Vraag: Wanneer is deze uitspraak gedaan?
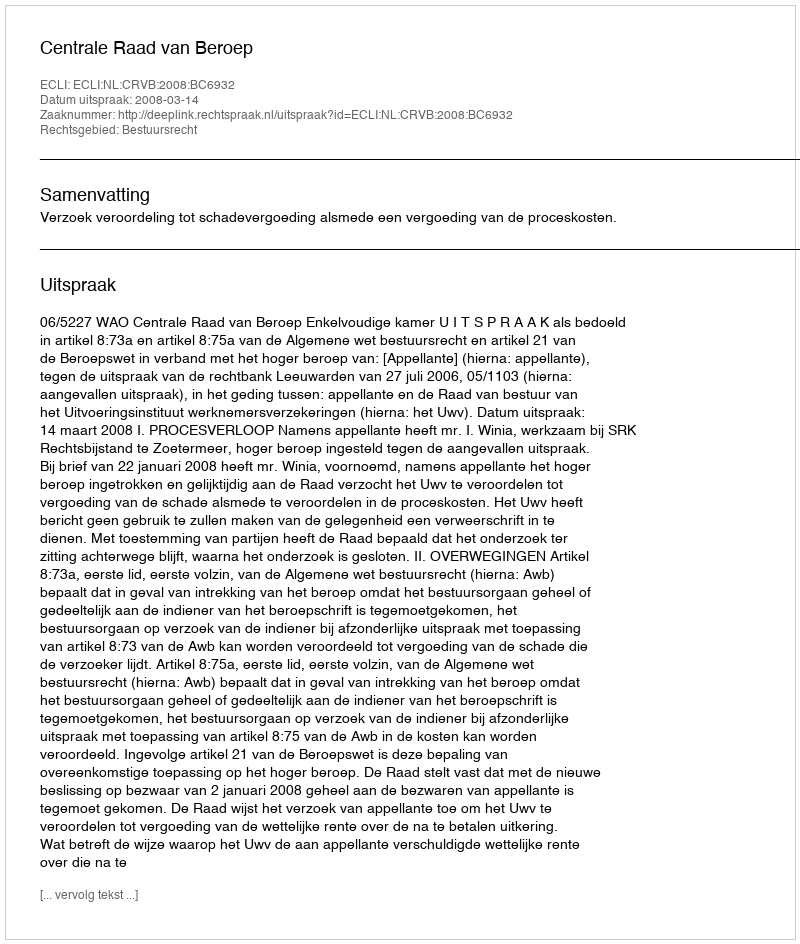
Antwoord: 2008-03-14